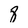
Character: 8